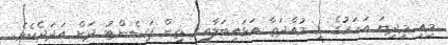
މިއީ މިދިޔަ އަހަރުގެ މި މުއްދަތާ އަޅައިބަލާއިރު ތިން ޕަސެންޓު ދަށް އަދަދެކެވެ.